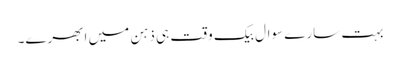
بہت سارے سوال بیک وقت ہی ذہن میں ابھرے۔